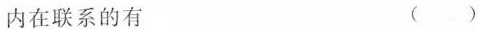
内在联系的有 ()